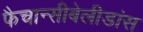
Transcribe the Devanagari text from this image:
फैचान्सीबेलीडांस